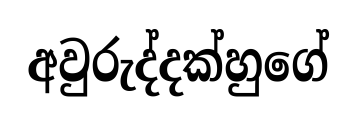
අවුරුද්දක්හුගේ